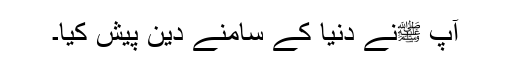
آپ ﷺنے دنیا کے سامنے دین پیش کیا۔